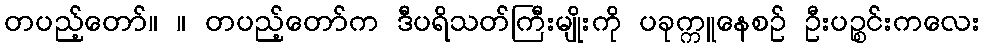
တပည့်တော်။ ။ တပည့်တော်က ဒီပရိသတ်ကြီးမျိုးကို ပခုက္ကူနေစဉ် ဦးပဉ္စင်းကလေး